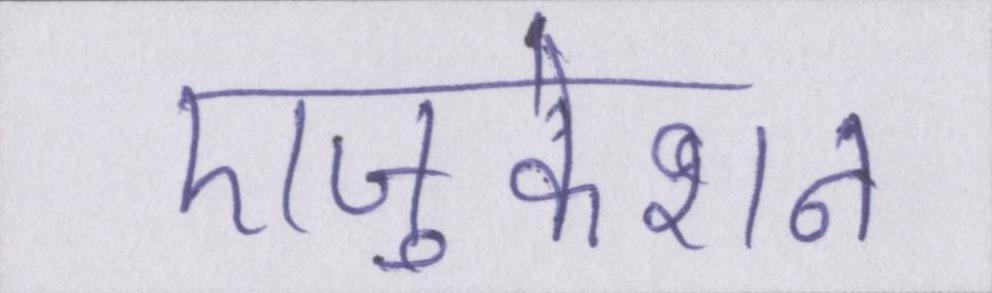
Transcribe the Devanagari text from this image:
एजुकेशन